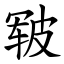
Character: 皲